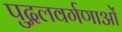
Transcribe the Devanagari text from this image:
पुद्गलवर्गणाओं